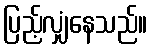
ပြည့်လျှံနေသည်။